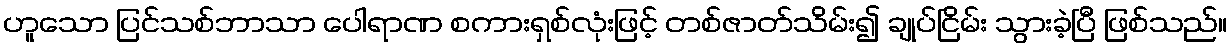
ဟူသော ပြင်သစ်ဘာသာ ပေါရာဏ စကားရှစ်လုံးဖြင့် တစ်ဇာတ်သိမ်း၍ ချုပ်ငြိမ်း သွားခဲ့ပြီ ဖြစ်သည်။